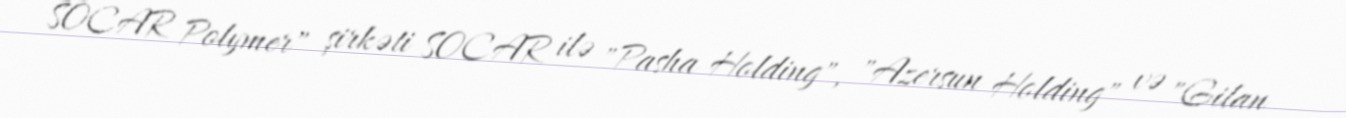
SOCAR Polymer" şirkəti SOCAR ilə "Pasha Holding", "Azersun Holding" və "Gilan